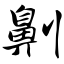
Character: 劓